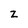
Character: z